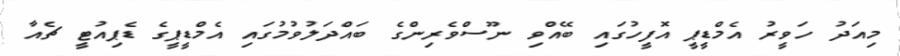
މިއަދު ހަވީރު އެމްޑީޕީ އޮފީހުގައި ބޭއްވި ނޫސްވެރިންގެ ބައްދަލުވުމުގައި އެމްޑީޕީގެ ޑެޕިއުޓީ ޗެއާ